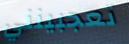
تعجبينني